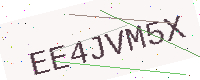
Text: EE4JVM5X